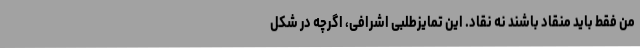
من فقط باید منقاد باشند نه نقاد. این تمایزطلبیِ اشرافی، اگرچه در شکل